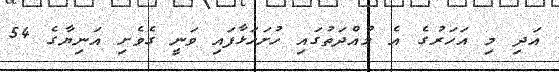
އަދި މި އަހަރުގެ އެ މުއްދަތުގައި ހުށަހަޅާފައި ވަނީ ގެވެށި އަނިޔާގެ 54